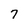
Character: 7